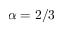
\alpha = 2 / 3